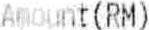
AMOUNT(RM)